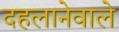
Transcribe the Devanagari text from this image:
दहलानेवाले